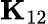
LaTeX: \mathbf{K}_{12}